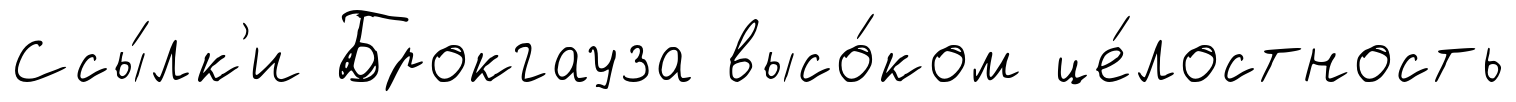
Ссы́лк'и Брокгауза высо́ком це́лостность